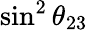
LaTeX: \sin^{2}\theta_{23}